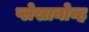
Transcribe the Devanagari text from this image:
प्लेखानोव्ह